Indian journal of veterinary science and animal husbandry - Volumes 24-25, 1954-1955
Year: 1954
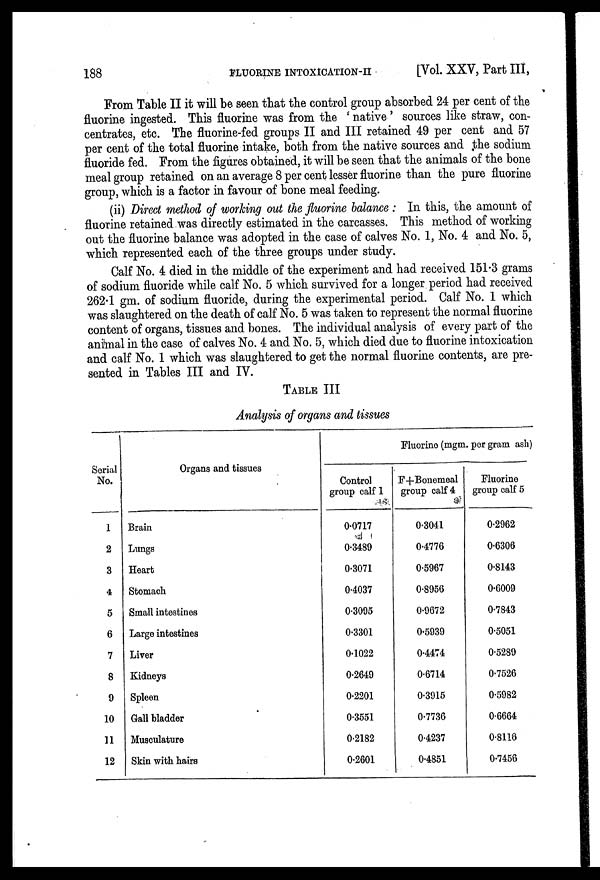
188
FLUORINE
INTOXICATION-II
[Vol. XXV, Part III,
From Table II it will be seen that the control group absorbed 24 per cent of the
fluorine ingested. This fluorine was from the 'native' sources like straw, con-
centrates, etc. The fluorine-fed groups II and III retained 49 per cent and 57
per cent of the total fluorine intake, both from the native sources and the sodium
fluoride fed. From the figures obtained, it will be seen that the animals of the bone
meal group retained on an average 8 per cent lesser fluorine than the pure fluorine
group, which is a factor in favour of bone meal feeding.
(ii) Direct method of working out the fluorine balance: In this, the amount of
fluorine retained was directly estimated in the carcasses. This method of working
out the fluorine balance was adopted in the case of calves No. 1, No. 4 and No. 5,
which represented each of the three groups under study.
Calf No. 4 died in the middle of the experiment and had received 151.3 grams
of sodium fluoride while calf No. 5 which survived for a longer period had received
262.1 gm. of sodium fluoride, during the experimental period. Calf No. 1 which
was slaughtered on the death of calf No. 5 was taken to represent the normal fluorine
content of organs, tissues and bones. The individual analysis of every part of the
animal in the case of calves No. 4 and No. 5, which died due to fluorine intoxication
and calf No. 1 which was slaughtered to get the normal fluorine contents, are pre-
sented in Tables III and IV.
TABLE III
Analysis of organs and tissues
Serial
No.
1
2
3
4
5
6
7
8
9
10
11
12
Organs and tissues
Brain
Lungs
Heart
Stomach
Small intestines
Large intestines
Liver
Kidneys
Spleen
Gall bladder
Musculature
Skin with hairs
Fluorine (mgm. per gram ash)
Control
group calf 1
0.0717
0.3489
0.3071
0.4037
0.3095
0.3301
0.1022
0.2649
0.2201
0.3551
0.2182
0.2601
F+Bonemeal
group calf 4
0.3041
0.4776
0.5967
0.8956
0.9672
0.5939
0.4474
0.6714
0.3915
0.7736
0.4237
0.4851
Fluorine
group calf 5
0.2962
0.6306
0.8143
0.6009
0.7843
0.5051
0.5289
0.7526
0.5982
0.6664
0.8116
0.7456